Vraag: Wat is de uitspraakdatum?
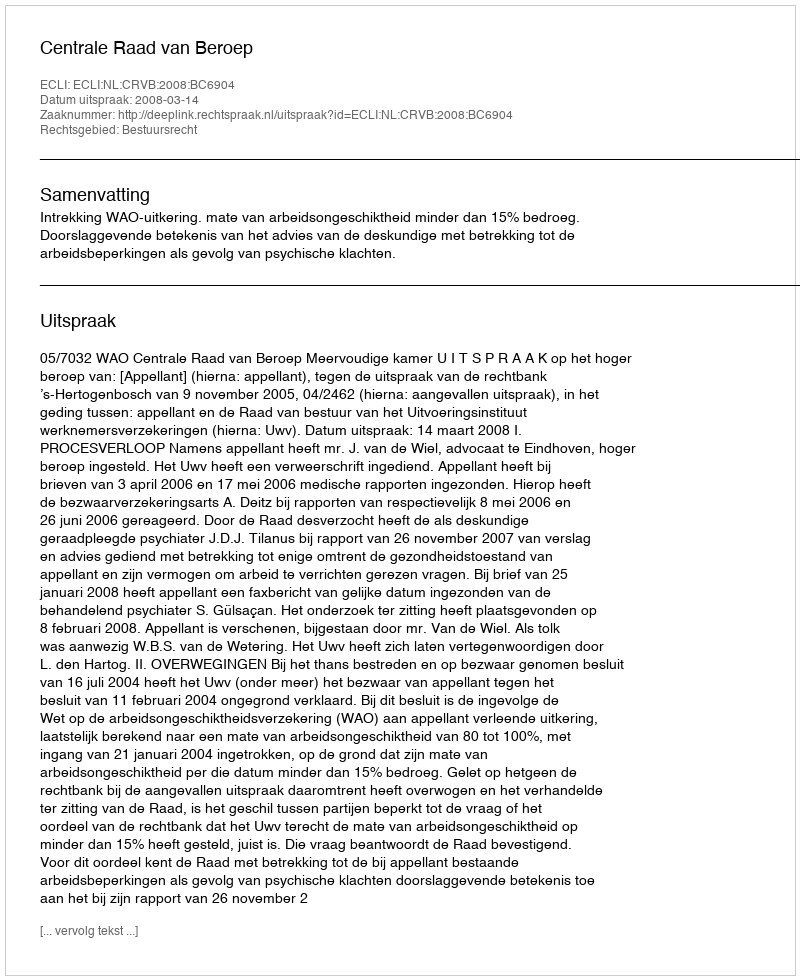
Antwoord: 2008-03-14